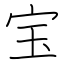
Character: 宝